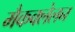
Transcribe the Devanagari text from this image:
मैकक्लेलन